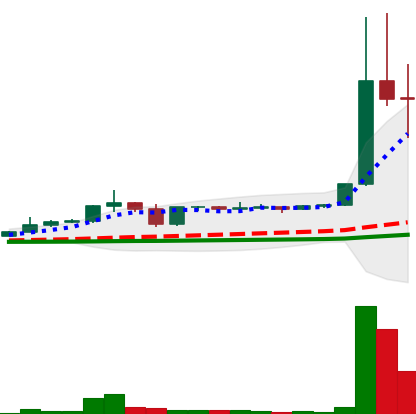
Ticker: DOGE-USD
Chart end date: 2021-01-04
Forward return: 4.372%
Label: up_3_5